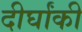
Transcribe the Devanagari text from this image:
दीर्घांकी